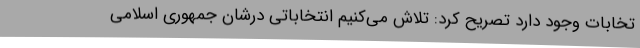
تخابات وجود دارد تصریح کرد: تلاش می‌کنیم انتخاباتی درشان جمهوری اسلامی